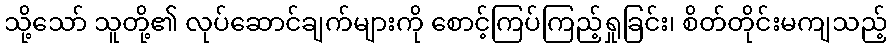
သို့သော် သူတို့၏ လုပ်ဆောင်ချက်များကို စောင့်ကြပ်ကြည့်ရှုခြင်း၊ စိတ်တိုင်းမကျသည့်